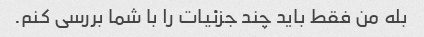
بله من فقط باید چند جزئیات را با شما بررسی کنم.